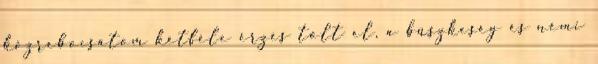
közrebocsátom kétféle érzés tölt el, a büszkeség és némi